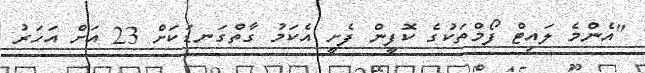
"އެންމެ ލައިޓް ފޯމްތަކުގެ ކޮފީން ފެށީ އެކަމު ގާތްގަނޑަކަށް 23 އަށް އަހަރު